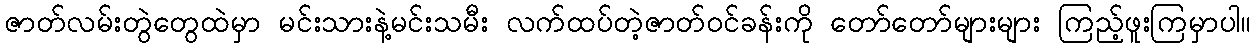
ဇာတ်လမ်းတွဲတွေထဲမှာ မင်းသားနဲ့မင်းသမီး လက်ထပ်တဲ့ဇာတ်ဝင်ခန်းကို တော်တော်များများ ကြည့်ဖူးကြမှာပါ။